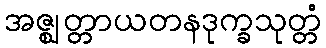
အဇ္ဈတ္တာယတနဒုက္ခသုတ္တံ